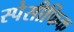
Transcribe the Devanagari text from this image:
स्पेसीफिक